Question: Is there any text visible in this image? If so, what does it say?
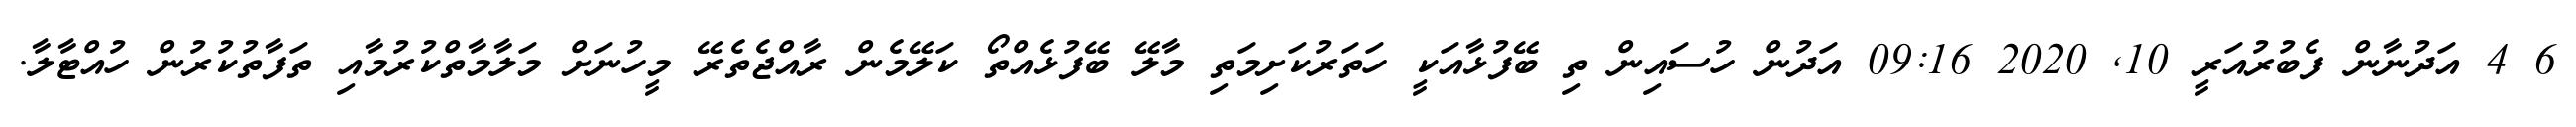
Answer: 6 4 އަދުނާން ފެބުރުއަރީ 10, 2020 09:16 އަދުން ހުސައިން ތި ބޭފުޅާއަކީ ހަތަރުކަށިމަތި މާލޭ ބޭފުޅެއްތޯ ކަލޭމެން ރާއްޖެތެރޭ މީހުނަށް މަލާމާތްކުރުމާއި ތަފާތުކުރުން ހުއްޓާލާ.